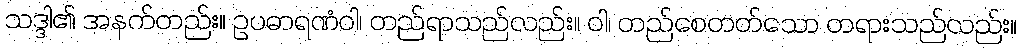
သဒ္ဒါ၏ အနက်တည်း။ ဥပဓာရဏံဝါ၊ တည်ရာသည်လည်း။ ဝါ၊ တည်စေတတ်သော တရားသည်လည်း။